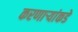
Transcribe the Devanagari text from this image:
करणाऱ्यांकडे